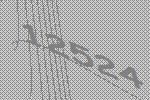
12524